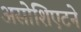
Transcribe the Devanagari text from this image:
असोशिएटने